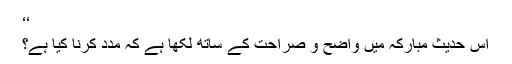
‘‘
اس حدیث مبارکہ میں واضح و صراحت کے ساتھ لکھا ہے کہ مدد کرنا کیا ہے؟